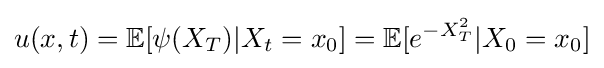
u(x,t)=\mathbb {E} [\psi (X_{T})|X_{t}=x_{0}]=\mathbb {E} [e^{-X_{T}^{2}}|X_{0}=x_{0}]